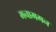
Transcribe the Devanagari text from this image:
मनामगन